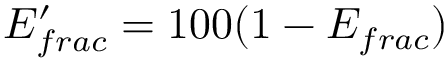
E _ { f r a c } ^ { \prime } = 1 0 0 ( 1 - E _ { f r a c } )